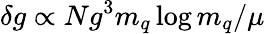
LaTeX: \delta g\propto Ng^{3}m_{q}\log m_{q}/\mu